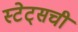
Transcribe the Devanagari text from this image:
स्टेट्‌सची